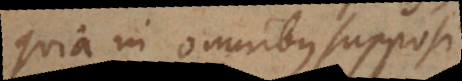
quia in omnibus supposi